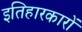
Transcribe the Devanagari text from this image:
इतिहारकारों